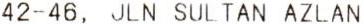
42-46, JLN SULTAN AZLAN